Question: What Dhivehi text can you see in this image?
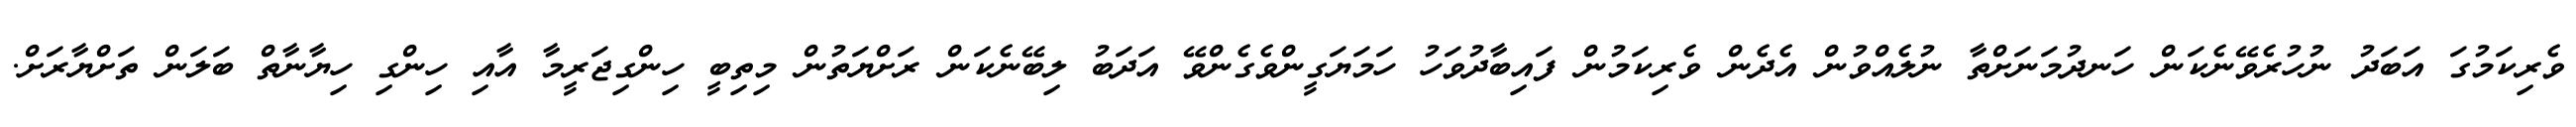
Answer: ވެރިކަމުގަ އަބަދު ނުހުރެވޭނެކަން ހަނދުމަނަށްތާ ނުލެއްވުން އެދެން ވެރިކަމުން ފައިބާދުވަހު ހަމަޔަގީންވެގެންވޭ އަދަބު ލިބޭނެކަން ރަށްޔަތުން މިތިބީ ހިންގިޖަރީމާ އާއި ހިންގި ހިޔާނާތް ބަލަން ތަށްޔާރަށް.